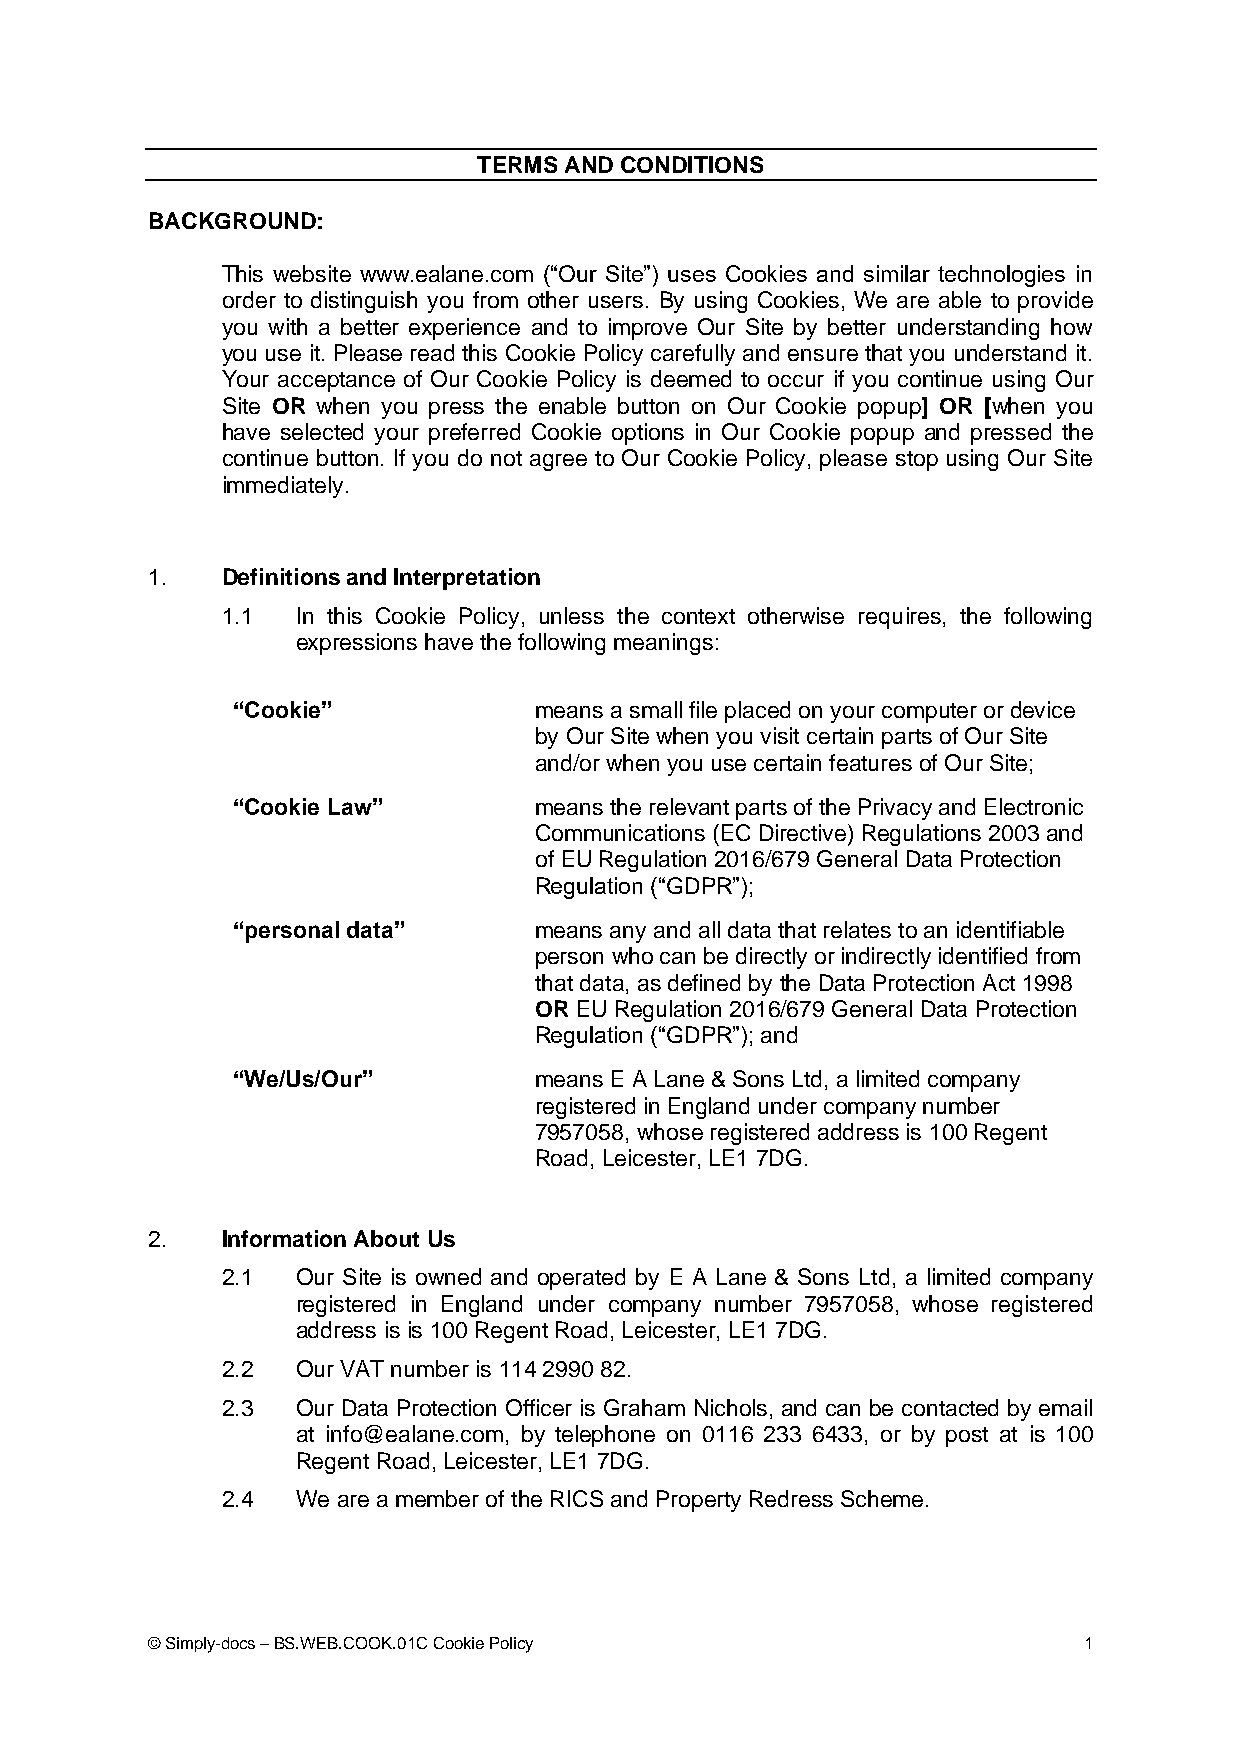
TERMS AND CONDITIONS
 BACKGROUND:
 This website www.ealane.com (“Our Site”) uses Cookies and similar technologies in
 order to distinguish you from other users. By using Cookies, We are able to provide
 you with a better experience and to improve Our Site by better understanding how
 you use it. Please read this Cookie Policy carefully and ensure that you understand it.
 Your acceptance of Our Cookie Policy is deemed to occur if you continue using Our
 Site OR when you press the enable button on Our Cookie popup] OR [when you
 have selected your preferred Cookie options in Our Cookie popup and pressed the
 continue button. If you do not agree to Our Cookie Policy, please stop using Our Site
 immediately.
 1.   Definitions and Interpretation
 1.1  In this Cookie Policy, unless the context otherwise requires, the following
 expressions have the following meanings:
 “Cookie”            means a small file placed on your computer or device
 by Our Site when you visit certain parts of Our Site
 and/or when you use certain features of Our Site;
 “Cookie Law”        means the relevant parts of the Privacy and Electronic
 Communications (EC Directive) Regulations 2003 and
 of EU Regulation 2016/679 General Data Protection
 Regulation (“GDPR”);
 “personal data”     means any and all data that relates to an identifiable
 person who can be directly or indirectly identified from
 that data, as defined by the Data Protection Act 1998
 OR EU Regulation 2016/679 General Data Protection
 Regulation (“GDPR”); and
 “We/Us/Our”         means E A Lane & Sons Ltd, a limited company
 registered in England under company number
 7957058, whose registered address is 100 Regent
 Road, Leicester, LE1 7DG.
 2.   Information About Us
 2.1  Our Site is owned and operated by E A Lane & Sons Ltd, a limited company
 registered in England under company number 7957058, whose registered
 address is is 100 Regent Road, Leicester, LE1 7DG.
 2.2  Our VAT number is 114 2990 82.
 2.3  Our Data Protection Officer is Graham Nichols, and can be contacted by email
 at info@ealane.com, by telephone on 0116 233 6433, or by post at is 100
 Regent Road, Leicester, LE1 7DG.
 2.4  We are a member of the RICS and Property Redress Scheme.
 © Simply-docs – BS.WEB.COOK.01C Cookie Policy                 1